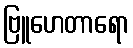
ဗြူဟေတာရော